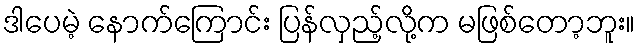
ဒါပေမဲ့ နောက်ကြောင်း ပြန်လှည့်လို့က မဖြစ်တော့ဘူး။